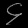
Digit: ၄